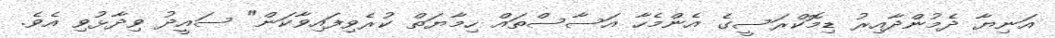
އަނިޔާ ދެމުންދާއިރު ޑިމޮކްރަސީގެ އެންމެހާ އަސާސްތައް ހިމާޔަތް ކުރެވިފައިވާކަން" ސައީދު ވިދާޅުވި އެވެ.